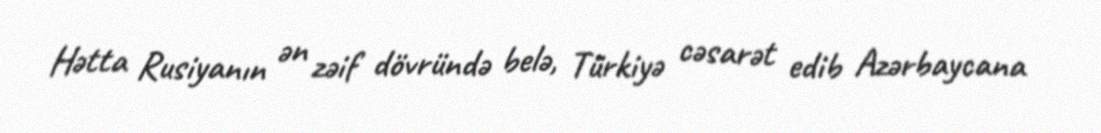
Hətta Rusiyanın ən zəif dövründə belə, Türkiyə cəsarət edib Azərbaycana